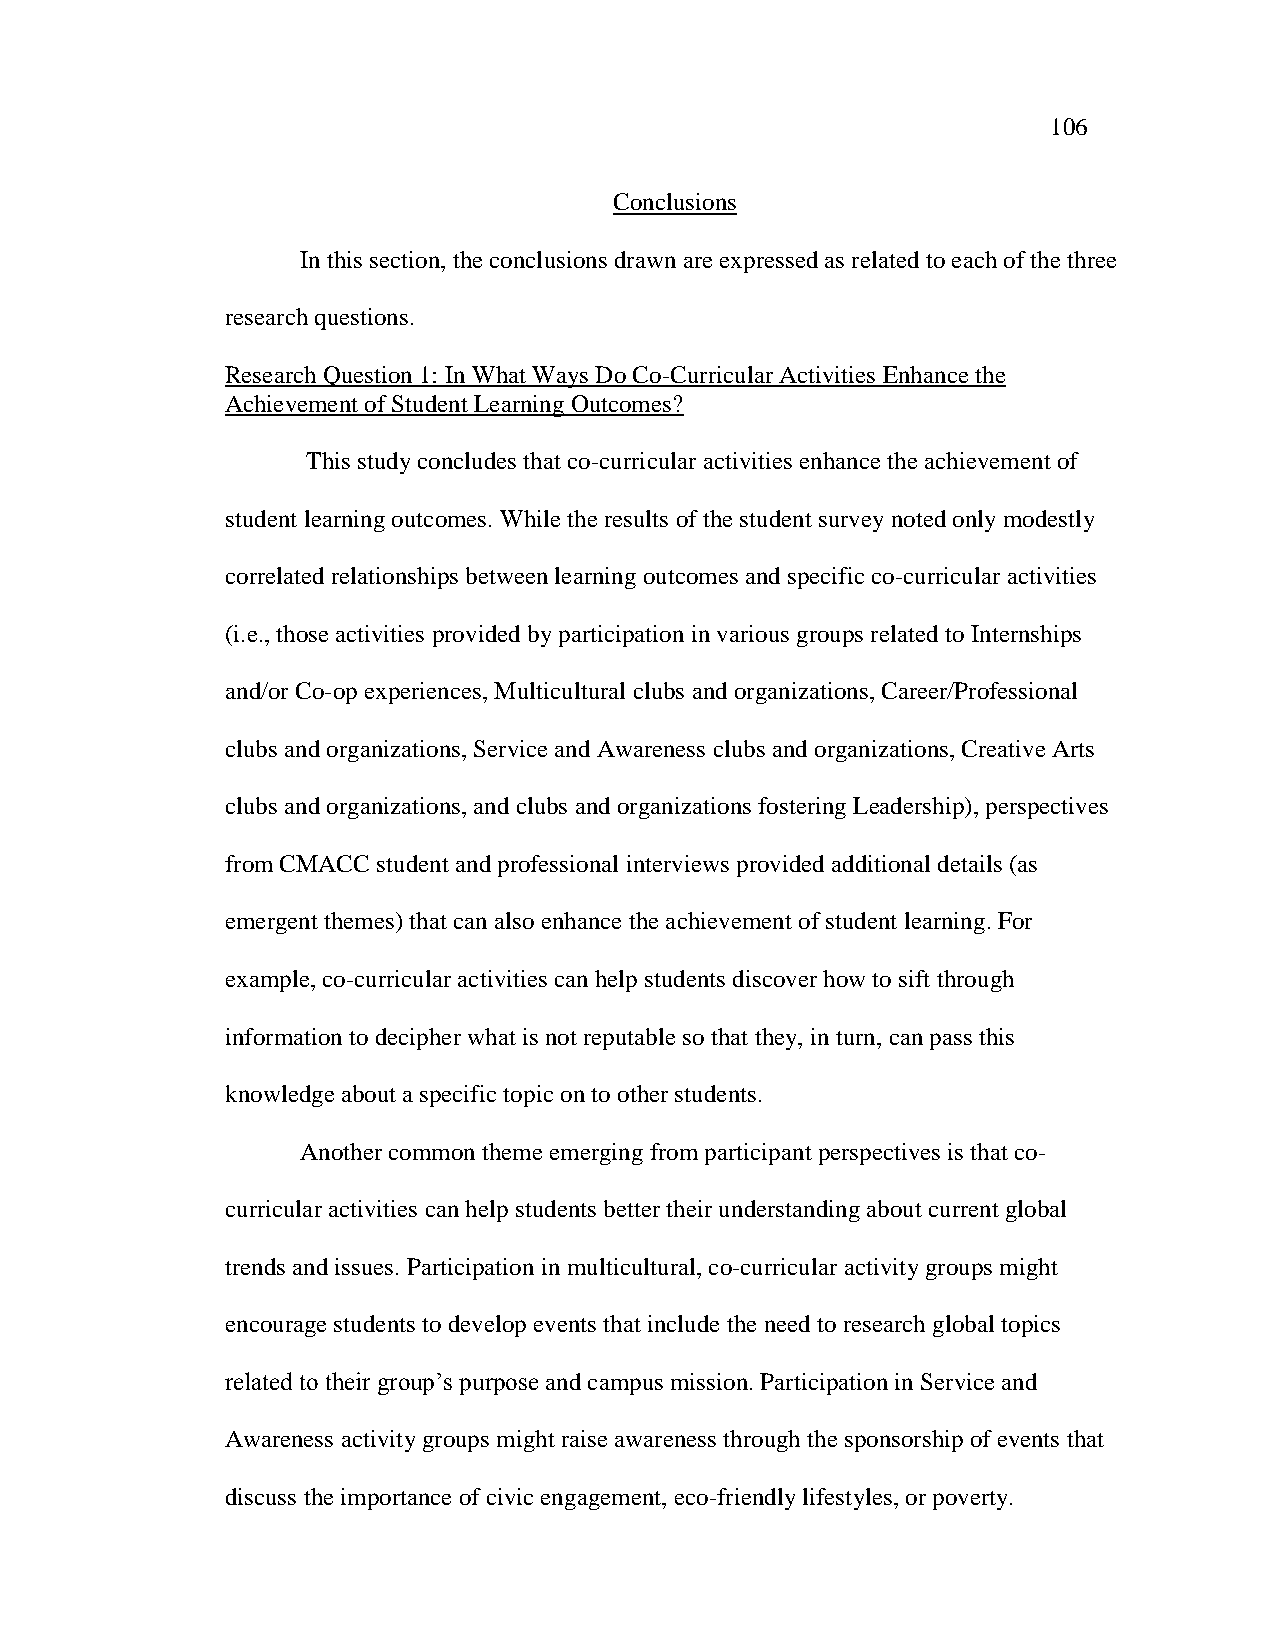
106
 Conclusions
 In this section, the conclusions drawn are expressed as related to each of the three
 research questions.
 Research Question 1: In What Ways Do Co-Curricular Activities Enhance the
 Achievement of Student Learning Outcomes?
 This study concludes that co-curricular activities enhance the achievement of
 student learning outcomes. While the results of the student survey noted only modestly
 correlated relationships between learning outcomes and specific co-curricular activities
 (i.e., those activities provided by participation in various groups related to Internships
 and/or Co-op experiences, Multicultural clubs and organizations, Career/Professional
 clubs and organizations, Service and Awareness clubs and organizations, Creative Arts
 clubs and organizations, and clubs and organizations fostering Leadership), perspectives
 from CMACC student and professional interviews provided additional details (as
 emergent themes) that can also enhance the achievement of student learning. For
 example, co-curricular activities can help students discover how to sift through
 information to decipher what is not reputable so that they, in turn, can pass this
 knowledge about a specific topic on to other students.
 Another common theme emerging from participant perspectives is that co-
 curricular activities can help students better their understanding about current global
 trends and issues. Participation in multicultural, co-curricular activity groups might
 encourage students to develop events that include the need to research global topics
 related to their group‘s purpose and campus mission. Participation in Service and
 Awareness activity groups might raise awareness through the sponsorship of events that
 discuss the importance of civic engagement, eco-friendly lifestyles, or poverty.